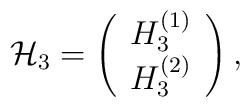
{\cal H}_3 =\left(\begin{array}{c}                 H_3^{(1)}\\		 H_3^{(2)} \end{array}\right),